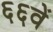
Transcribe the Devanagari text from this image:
६६वें